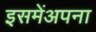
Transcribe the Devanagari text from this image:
इसमेंअपना